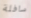
سافلة